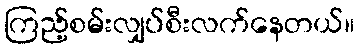
ကြည့်စမ်းလျှပ်စီးလက်နေတယ်။